Vital statistics of India. Vol. VI, European troops 1870-79
Year: 1870
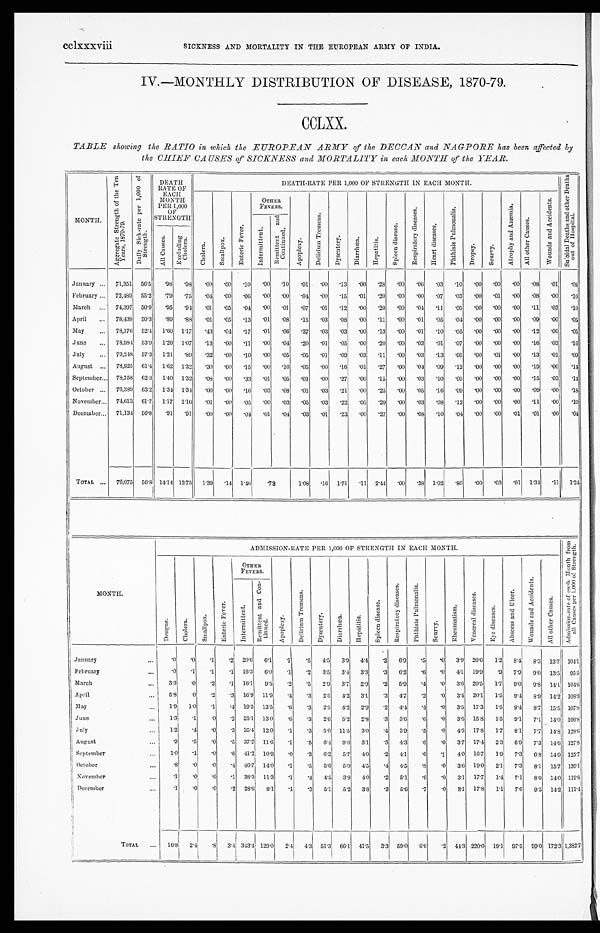
IV.—MONTHLY DISTRIBUTION OF DISEASE, 1870-79.
CCLXX.
TABLE showing the RATIO in which the EUROPEAN ARMY of the DECCAN and NAGPORE has been affected by
the CHIEF CAUSES of SICKNESS and MORTALITY in each MONTH of the YEAR.
MONTH.
A g g r e g a t e S t r e n g t h o f t h e T e n
Y e a r s , 1 8 7 0 - 7 9 .
D a i l y S i c k - r a t e p e r 1 , 0 0 0 o fS
t r e n g t h .
DEATH
RATE OF
EACH
MO
NTH
PER 1,000
OF S T R E N G T H
DEATH-RATE PER 1,000 OF STRENGTH IN EACH MONTH.
S u i c i d a l D e a t h s a n d o t h e r D e a t h s
o u t o f H o s p i t a l .
C h o l e r a .
S m a l l p o x .
E n t e r i c F e v e r .
OTHER
FEVERS.
A p o p l e x y .
D e l i r i u m T r e m e n s .
D y s e n t e r y .
D i a r r h œ a . H e p a t i t i s . S p l e e n d i s e a s e .
R e s p i r a t o r y d i s e a s e s .
H e a r t d i s e a s e s .
P h t h i s i s P u l m o n a l i s .
Dr o p s y . S c u r v y .
A t r o p h y a n d A n æ m i a .
A l l o t h e r C a u s e s .
W o u n d s a n d A c c i d e n t s .
I n t e r m i t t e n t .
R e m i t t e n t a n d
C o n t i n u e d .
A l l C a u s e s .
E x c l u d i n g
Ch o l e r a .
January . . . 71,351 56.5
. 98 .98 .00 . 00 .10 .00 .10 .01 . 00 . 1 3 .00
. 2 8 . 00 . 0 6
. 0 3 . 10 . 00 . 00 .00 . 08 . 0 1 . 08
February . . . 72,489 55.2 . 79 .75 .04 . 00 .06 .00 .00 .04 . 00 .15 .01
. 2 0 . 00 . 0 0
. 0 7 . 03 . 00 . 01 .00 . 08 . 0 0 . 10
March . . . 74,397 50.9 . 95 .94 .01
. 05 .04 .00 .01 .07 . 01 .12 .00
. 2 0 . 00 . 0 4 . 1 1 . 05 . 00 . 0 0 .00 . 11 . 0 3 . 10
April
. . . 78,438 50.3 . 89 .88 .01 . 05 .13 . 01 .08 .15 . 03 .08 .00
. 1 1 . 00 . 0 1 . 0 5 . 04 . 00 . 00 .00 . 09 . 0 0 . 05
May
. . . 78,176 52.4 1.60 1.17 .43 . 04 .17 . 01 .06 .37 . 03 .03 .00
. 1 3 . 00 . 0 1 . 1 0 . 05 . 00 . 00 .00 . 12 . 0 0 . 05
June
. . . 78,984 53.9 1.20 1.07 .13 . 00 .11
. 00 .04 .20 . 01 .05 .00
. 2 0 . 00 . 0 3 .01
. 07 . 00 . 00 .00 . 16 . 0 3 . 16
July
. . . 79,248 5 7 . 3
1.21 .89 .32 . 00 .10 . 00 .05 .05 . 01 .09 .03
. 1 1 . 00 . 0 3 . 1 3 . 05 . 00 . 01 .00 . 13 . 0 1 . 09
August . . . 78,925 61.4 1.62 1.32 .30 . 00 .15 . 00 .10 .05 . 00 .16 .01
. 2 7 . 00 . 0 4 . 0 9 . 12 . 00 . 0 0 .00 . 19 . 0 0 . 14
September . . . 78,758 62.3 1.40 1.32 . 0 8 . 00 .33 . 01 .05 .01 . 00 .27 .00
. 1 5 . 00 . 0 3 . 1 0 . 05 . 00 . 00
. 0 0 . 15 . 03 . 14
October . . . 76,389 63.2 1.34 1.34 .00 . 00 .16 . 03 .08 .01 . 03 .21 .00
. 2 5 . 00 . 0 5 . 1 6 . 09 . 00 . 00 .00 . 09 . 00 . 18
November . . . 74,613 61.7 1.17 1.16 .01 . 00 .05 . 00 .03
. 0 5 . 03 .22 .05
. 2 9 . 00 . 0 3 . 0 8 . 12 . 0 0 . 00 .00 . 11 . 00 . 10
December
. . .
71,134 56.8
. 9 1 .91 .00 . 00 .04 . 01 .04 .03 . 01 . 23 .00
. 2 7 . 00 . 0 8 . 1 0 . 04 . 0 0
. 00 .01
. 01 . 0 0 . 04
TOTAL . . . 76,075 56.8 14.14 12.75 1.39
. 14 1.46 .72
1.08 . 16 1. 71 .11 2.44 . 00 . 3 8 1.02 . 8 0
. 00 . 03 .01 1.34
. 1 1 1.24
MONTH.
ADMISSION-RATE PER 1,000 OF STRENGTH IN EACH MONTH.
A d m i s s i o n - r a t e o f e a c h M o n t h f r o m
a l l C a u s e s p e r 1 , 0 0 0 o f S t r e n g t h .
D e n g u e .
Ch o l e r a .
S m a l l p o x .
E n t e r i c F e v e r .
OTHER
FEVERS.
A p o p l e x y .
D e l i r i u m T r e m e n s .
Dysentery. D i a r r h œ a .
H e p a t i t i s .
S p l e e n d i s e a s e .
R e s p i r a t o r y d i s e a s e s .
P h t h i s i s P u l m o n a l i s .
S c u r v y .
R h e u m a t i s m .
V e n e r e a l d i s e a s e s .
E y e d i s e a s e s .
A b s c e s s a n d U l c e r .
W o u n d s a n d A c c i d e n t s .
A l l o t h e r C a u s e s .
I n t e r m i t t e n t .
R e m i t t e n t a n d C o n -
t i n u e d .
January
... .0 .0 .1 .2 20.6 6.1 .1 .5 4.5 3.9 4.4 .2 6.9 .5 .0 3.9 20.6 1.2 8.4 8.3 13.7 104.1
February
... .0 .1 .1 .1 16.3 6.0 .1 .2 3.5 3.4 3.3 .3 6.2 .6 .0 4.1 19.9 .9 7.9 9.0 13.5 95. 5
March
. . . 3.3 .0 .2 .1 16.1 9.5 .2 .5 2.9 3.7 2.9 .2 5.9 .4 .0 3.6 20.5 1.7 9.0 9.8 14.1 104.6
April
. . . 5.8 .0 .2 .3 16.9 11.9 . 4 .3 2.5 4.2 3.1 .3 4.7 .2 .0 3.4 20.1 1.5 9.4 8.9 14.2. 108.3
M a y
... 1.9 1.0 .1 .4 19.5 13.5 .6 .3 2.5 4.2 2.9 .2 4.4 .4 .0 3.5 17.3 1.5 9.4 8.7 15.5 107.8
June
. . . 1.3 .1 .0 .2 25.1 13.0 .6 .3 2.6 5.2 2.8 .3 3.6 .6 .0 3.6 15.8 1.5 9.1 7.1 14.0 106.8
July
... 1.2 .4 .0 .3 35.4 12.0 .1 .3 5.0 11.5 3.0
. 4 3.9 .5 .0 4.5 17.8 1.7 8.1 7.7 14.8 128.6
August
... .9 .5 .0 .5 37.2 11.6 .1 .5 6.4 9.6 3.1 .3 4.3 .6 .0 3.7 17.4 2.3 6.9 7.3 14.6 127.8
September
... 1.0 .1
. 0 .6 41.2 10.9 .0 .3 6.2 5.7 4.0
. 2 4.1 .6 .1 4.0 16.7 1.9 7.3 6.8 14.0 125.7
October
... .8 .0
. 0 .4
4 6 . 7 14.0 .1 .5 5.6 5.0 4.5 .4 4.5 .8 .0 3.6 19.0 2.1 7.3 8.1 15.7 139.1
November
... .1 .0 .0 .1 38.3 11.3 .1 .4 4.5 3.8 4.0 .2 5.1 .6 .0 3.1 17.7 1.4 7.1 8.0 14.0 119.8
December
. . . .1 .0 .0 .2 28.6 8.1 .1 .3 5.1 5.2 3.8 .3 5.6 .7 .0 3.1 17.8 1.1 7.6 9.5 14.2 111.4
TOTAL ...
. 1 6 . 8 2.4 .8 3.4 343.4 129.0 2.4 4.3 51.3 66.1 41.5 3.3 59.0 6.6 .2 44.3 220.0 19.1 97.5 99.0 172.3 1,382.7